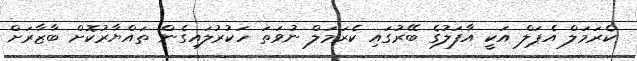
ކެރަމަލް އެޕަލް އަކީ އާފަލުގެ ބޭރުގައި ކެރަމަލް ނުވަތަ ހަކުރުލައިގެން ތައްޔާރުކޮށް ބާޒާރަށް